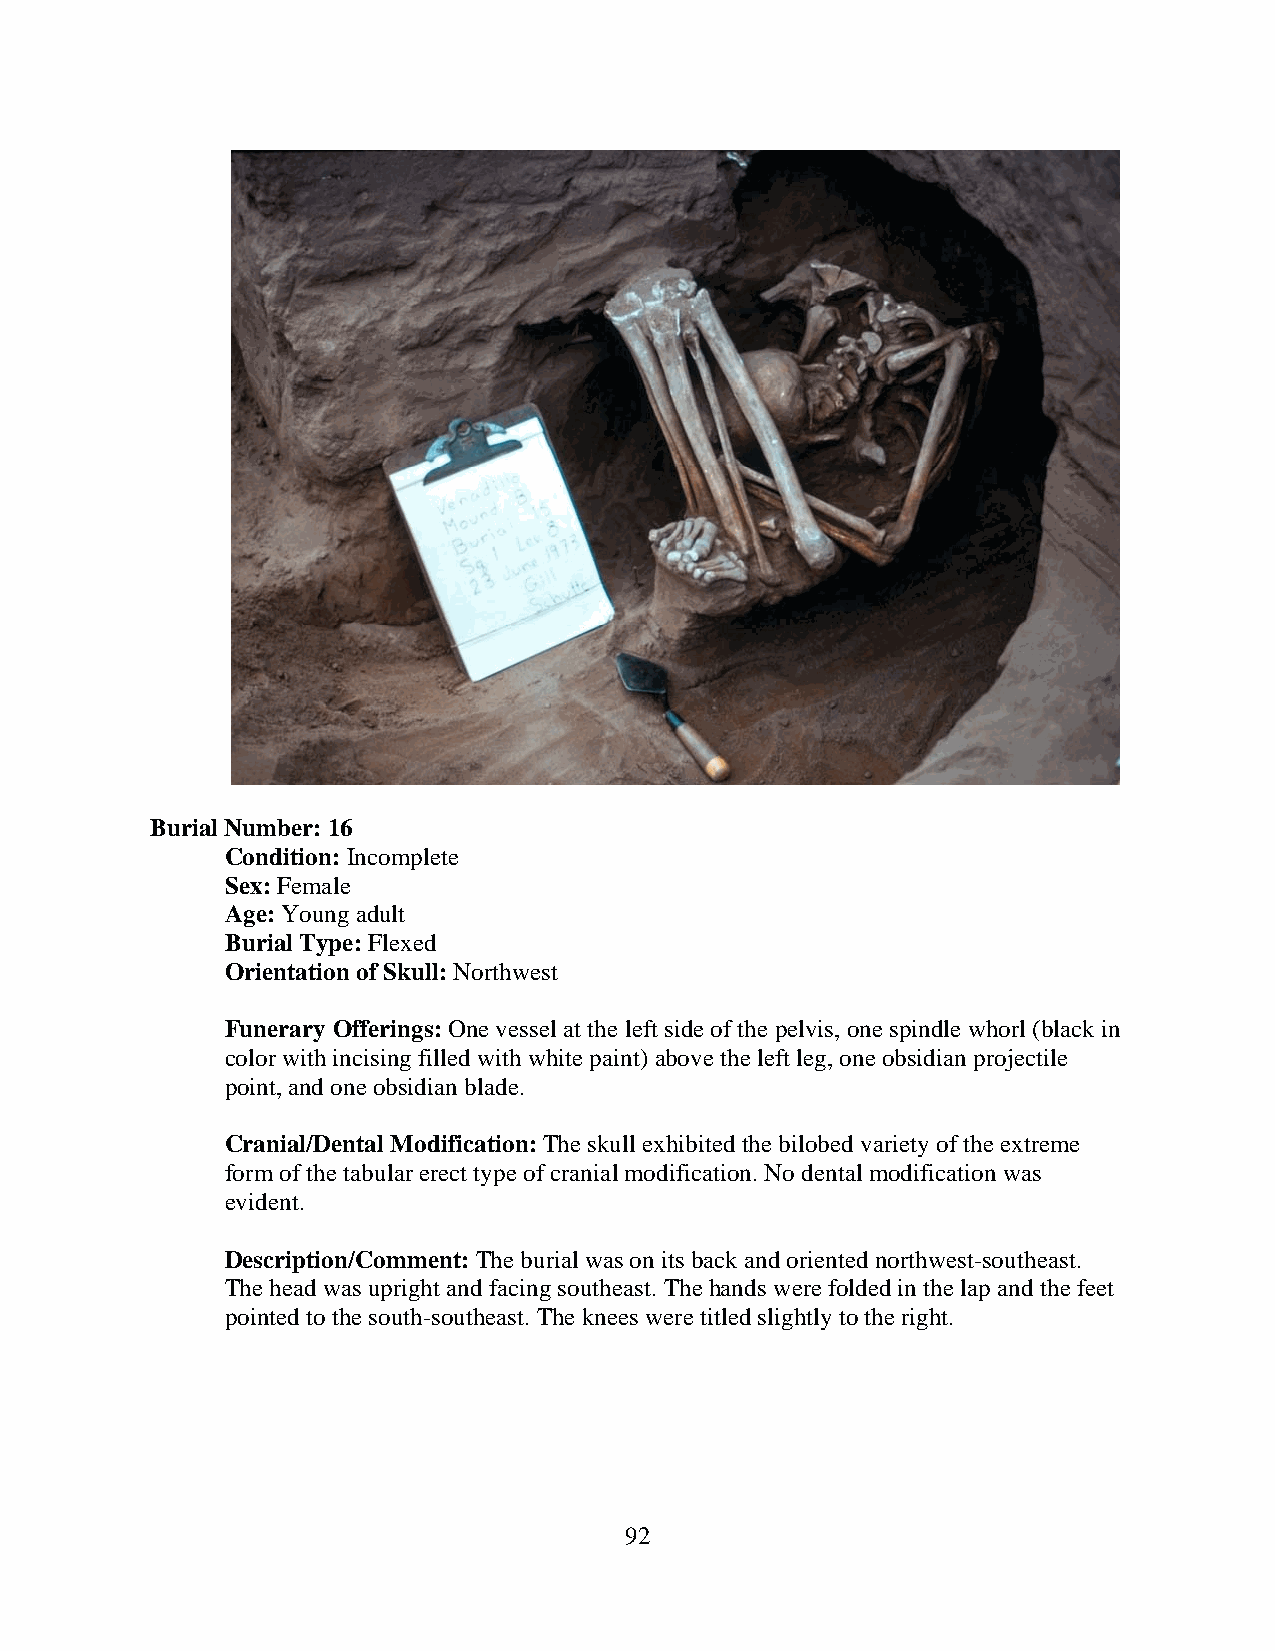
Burial Number: 16
 Condition: Incomplete
 Sex: Female
 Age: Young adult
 Burial Type: Flexed
 Orientation of Skull: Northwest
 Funerary Offerings: One vessel at the left side of the pelvis, one spindle whorl (black in
 color with incising filled with white paint) above the left leg, one obsidian projectile
 point, and one obsidian blade.
 Cranial/Dental Modification: The skull exhibited the bilobed variety of the extreme
 form of the tabular erect type of cranial modification. No dental modification was
 evident.
 Description/Comment: The burial was on its back and oriented northwest-southeast.
 The head was upright and facing southeast. The hands were folded in the lap and the feet
 pointed to the south-southeast. The knees were titled slightly to the right.
 92